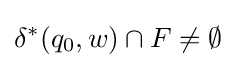
\delta ^{*}(q_{0},w)\cap F\neq \emptyset